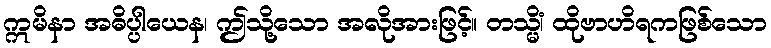
ဣမိနာ အဓိပ္ပါယေန၊ ဤသို့သော အလိုအားဖြင့်။ တသ္မိံ၊ ထိုဗာဟိရကဖြစ်သော